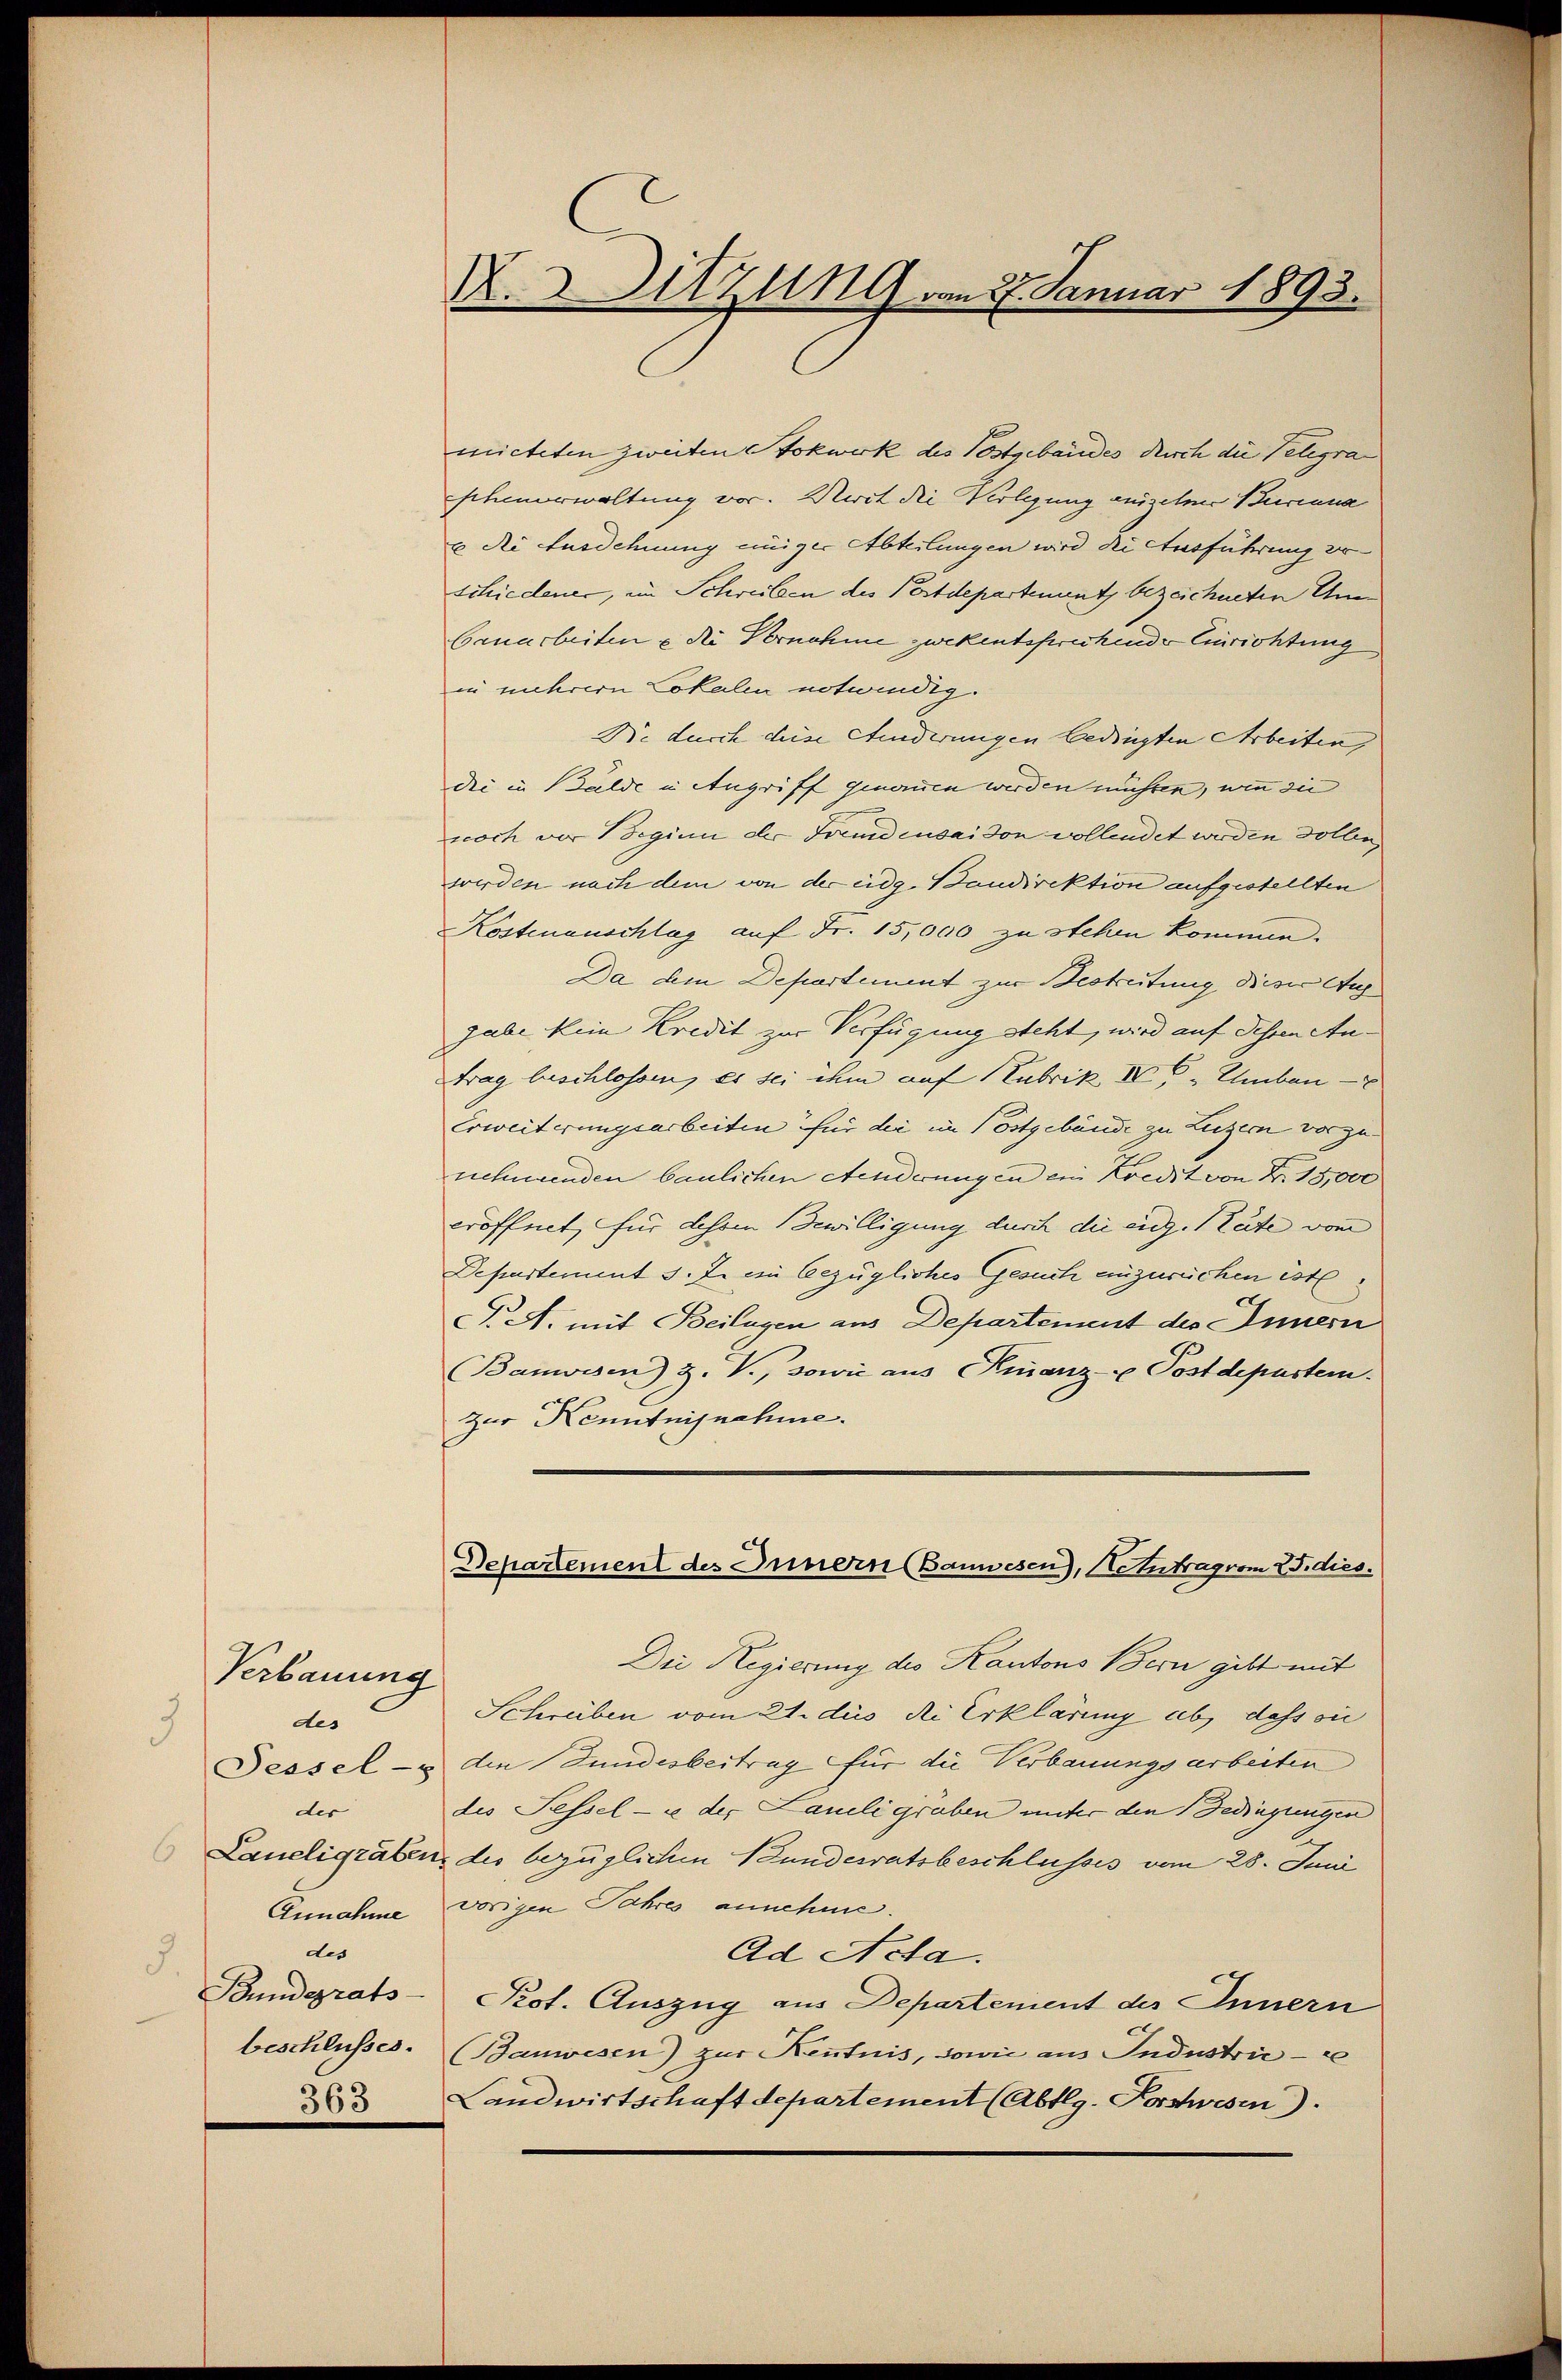
Verbauung
des
3
der
Annahme
des
3.
Panderats-
beschlusses.
365

X.Utzung vom 27. Januar 1893.

micteten zweiten Stokwerk des Postgebäudes durch die Telegra
schmerwaltung vor. Weit die Verlegung anzelne Berna
x die Ausdehnung einiger Abteilungen wird die Ausführung vo
schiedener, in Schreiben des Postdepartement bezeichneten Um
Gauarbeiten u die Vernahme zwekentsprechende Einrichtung
in mehrere Lokalen notwendig.
Ne durch diese Kinderungen bedingten Arbeiten,
dee in Bälde in Angriff genommen werden müsten, wenn sie
noch vor Beginn der Fremdensaison vollendet werden sollen
werden nach dem von der eidg. Bondirektion aufgestellten
Kostenanschlag auf Fr. 15,000 zu stehen kommen.
Da am Departement zur Bestreitung dieser Auf
gabe kein Kredit zur Verfügung steht, wird auf dessen An¬
Frag beschlossen, es sei ihm auf Cubrik IV Umben
Erweiterungsarbeiten für die im Postgebäude zu Luzern vorzu- |
nehmenden baulichen Aenderungen ein Kredit von Fr. 15,000
eröffnet, für dehen Bewilligung durch die eig. Stute vom
Departement s. Z. ein bezügliches Gesuch einzurechen ist.
T. A. mit Beilagen aus Departement des Innern
Banwesen) Z. V., sowie aus Kinanz- u Postdepustem.
Zur Kenntnisnahme.

Departement des Innern (Bauwesen), Neutrag vom 25. dies

Die Regierung des Kantons Bern gibt mit
Schreiben vom 21. dus di Erklärung ab, dass si
Fessel- & die Fundesbeitrag für die Verbauungsarbeiten
die Fessel - u. der Laueligraben unter den Bedingungen
Laueligraben des bezüglichen Bundesratsbeschlusses vom 28. Juni
vorigen Jahres annehme.
Ad Acta.
Prot. Auszug aus Departement des Innern
(Bauwesen) zur Kenntnis, sowie aus Industrie
Landwirtschaft departement (Abtlg. Forstwesen.